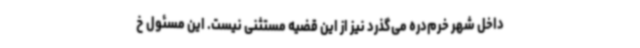
داخل شهر خرم‌دره می‌گذرد نیز از این قضیه مستثنی نیست. این مسئول خ